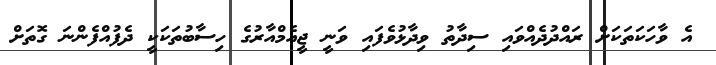
އެ ވާހަކަތަކަށް ރައްދުދެއްވައި ސިދާތު ވިދާޅުވެފައި ވަނީ ޖީއެމްއާރުގެ ހިސާބުތަކަކީ ދެފުއްފެންނަ ގޮތަށް